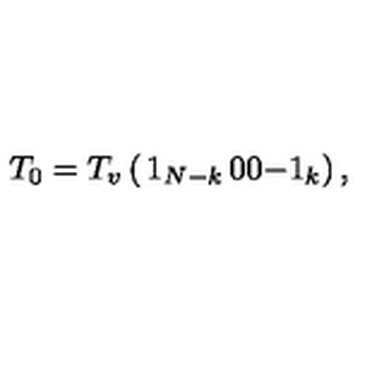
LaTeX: T _ { 0 } = T _ { v } \left( \begin{matrix} { 1 _ { N - k } } & { 0 } \\ { 0 } & { - 1 _ { k } } \\ \end{matrix} \right) ,